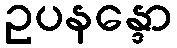
ဥပနန္ဒော